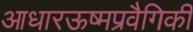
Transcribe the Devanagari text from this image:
आधारऊष्मप्रवैगिकी